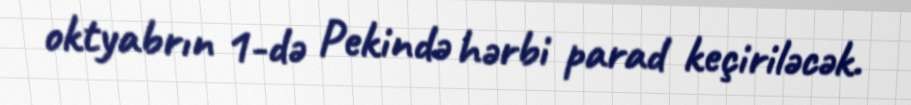
oktyabrın 1-də Pekində hərbi parad keçiriləcək.